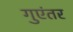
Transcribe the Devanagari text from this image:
गुएंतर